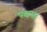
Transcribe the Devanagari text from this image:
पद्यसर